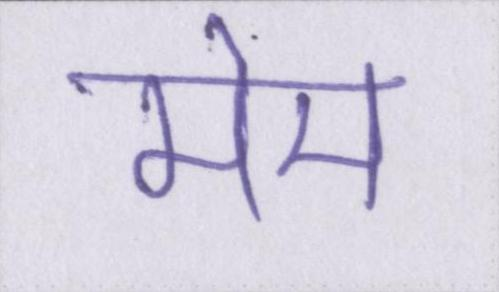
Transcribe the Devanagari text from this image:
मेम